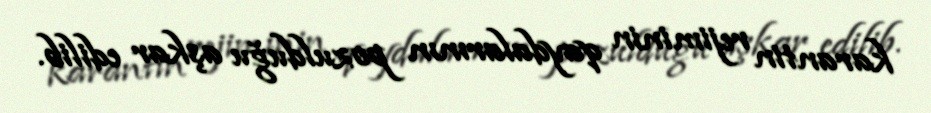
karantin rejiminin qaydalarının pozulduğu aşkar edilib.